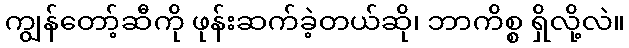
ကျွန်တော့်ဆီကို ဖုန်းဆက်ခဲ့တယ်ဆို၊ ဘာကိစ္စ ရှိလို့လဲ။